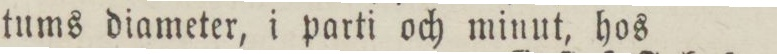
tums diameter, i parti och minut, hos